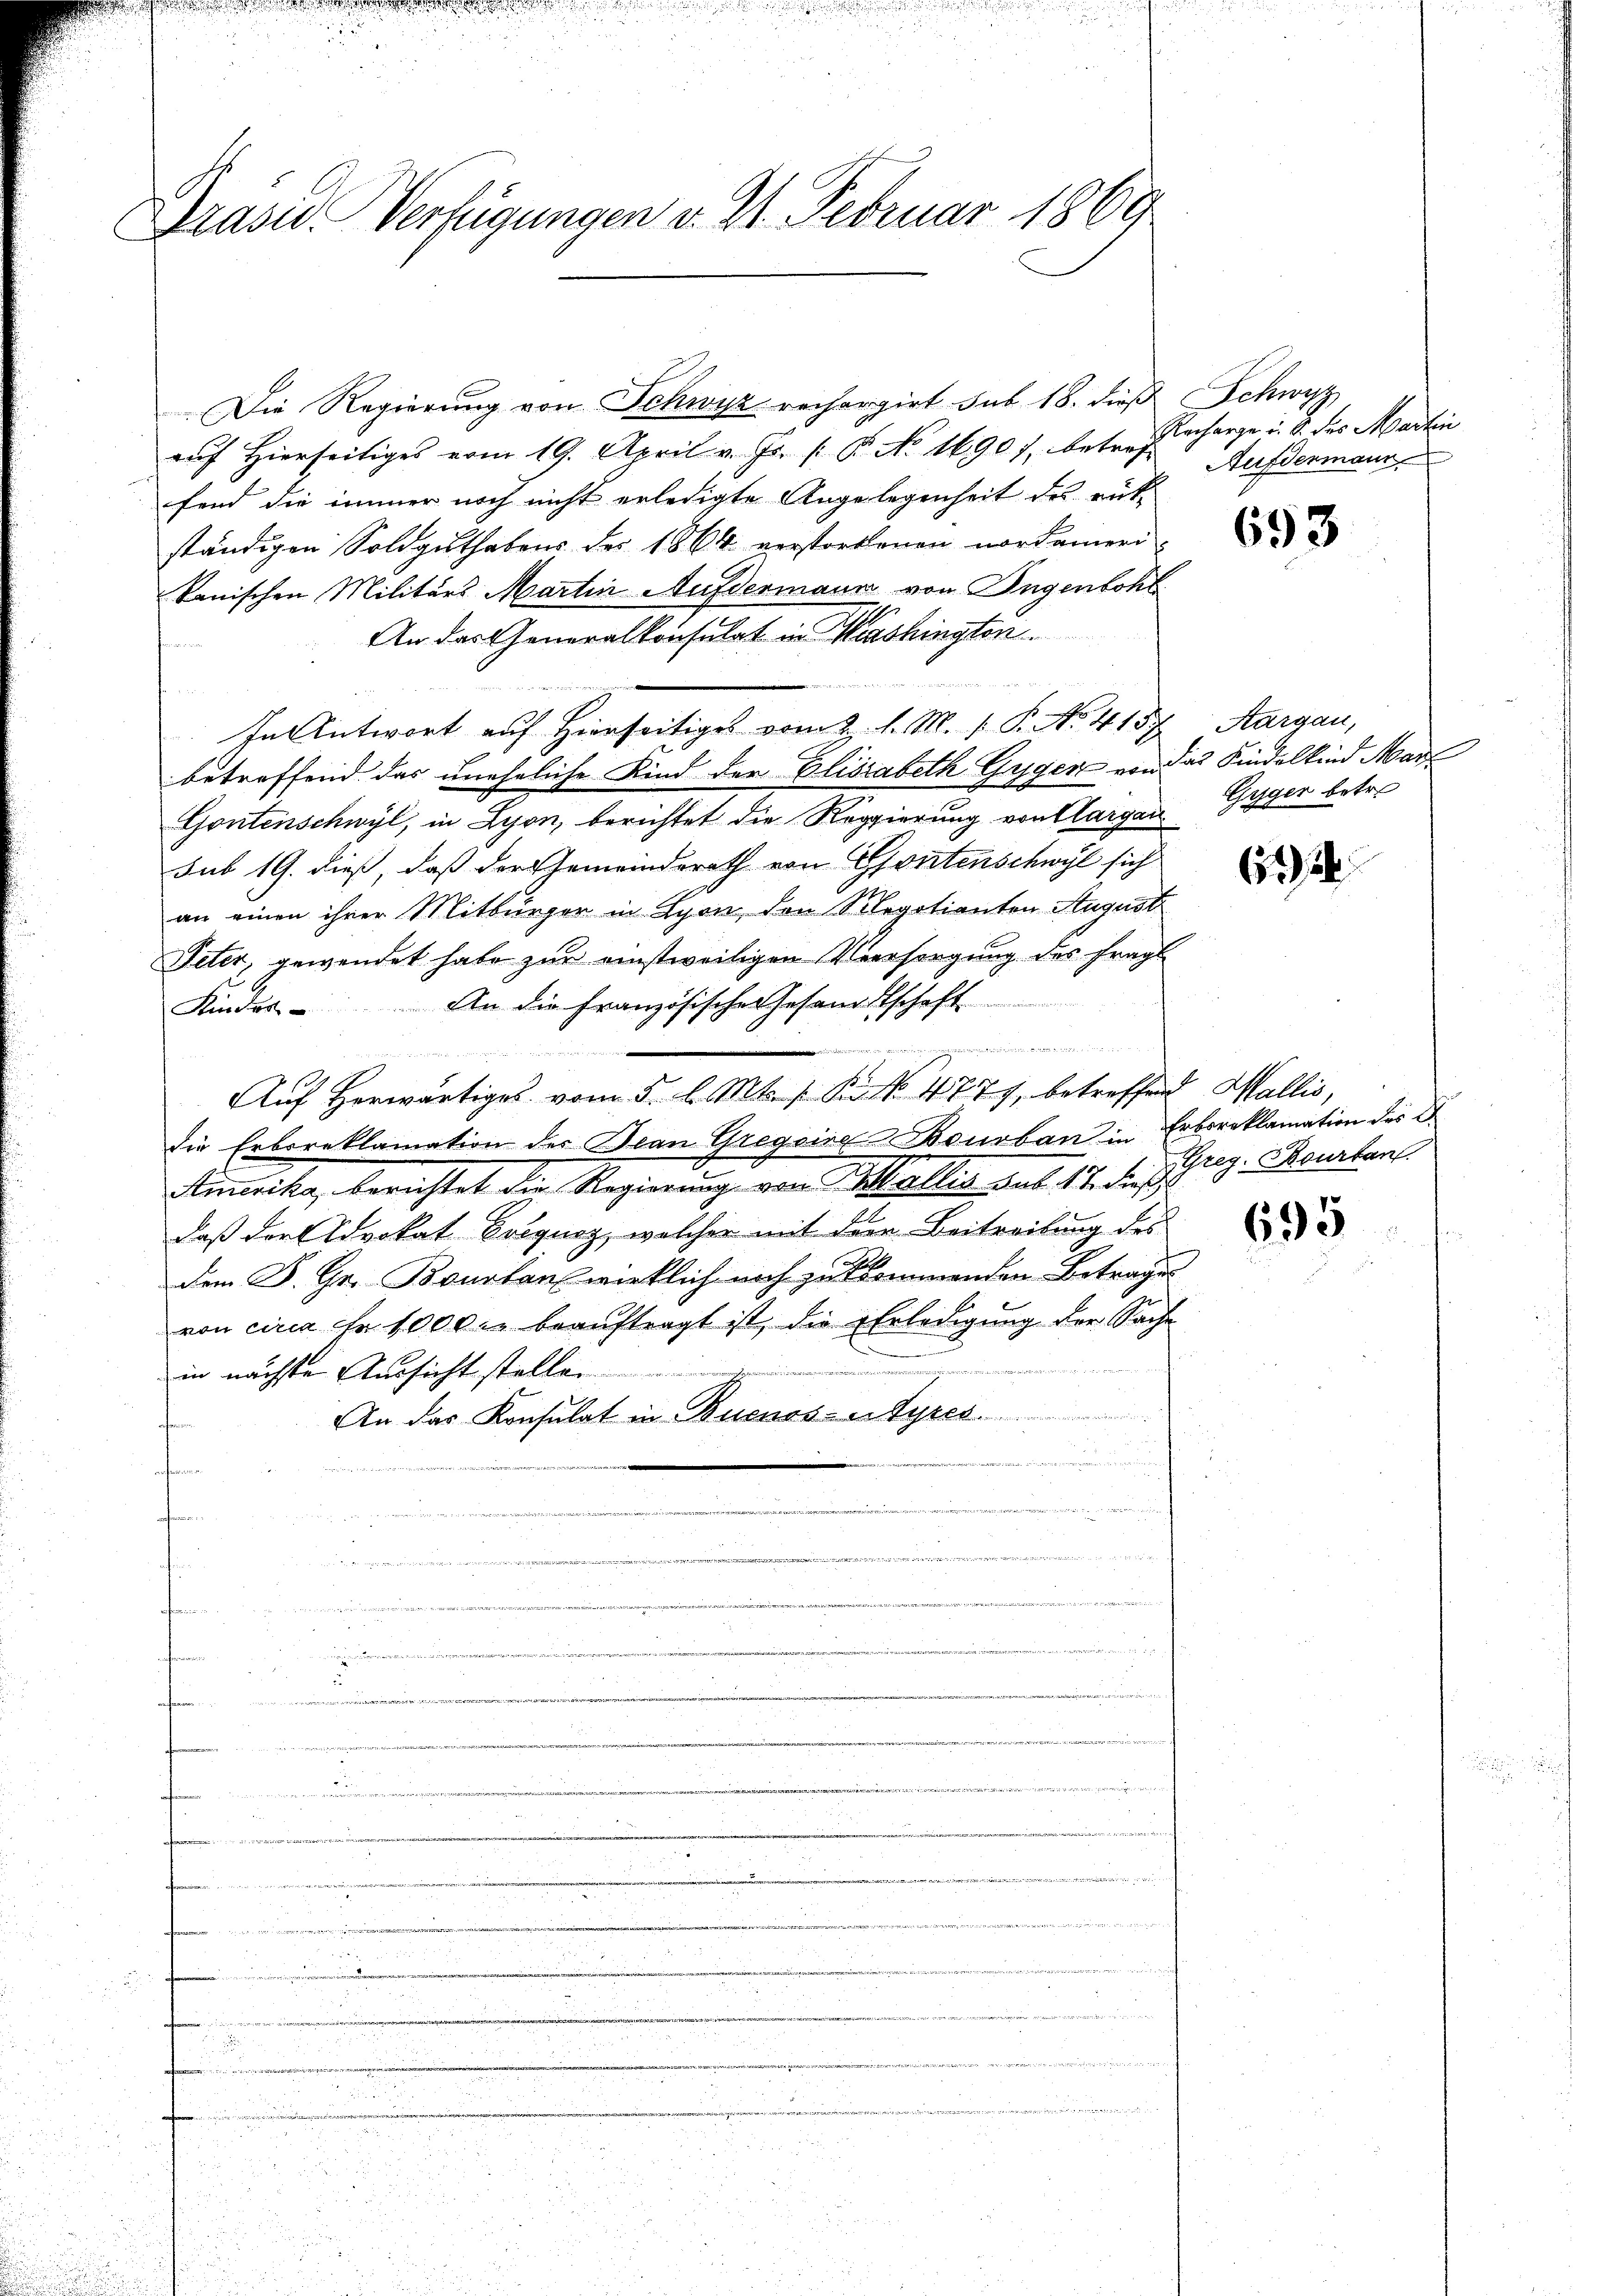
Brasis. Verfügungen d. 21. Februar 1869

Die Regierung von Schwyz rechargirt sub 18. dieß Schwyz
aŭf hierseitiges vom 19. April v. Js. / B. No 1690), betrof
fend die immer noch nicht erledigte Angelegenheit des rükständigen Soldguthabens des 1864 verstorbenen nordameri
kanischen Militärs Martin Aufdermann von Ingenbohl
An das Generalkonsulat in Washington.
In Antwort auf Hierseitiges vom 2. d. M. v. P. No. 4157
betreffend das uneheliche Kind der Elisabeth Guger von das Kindelkind Mar
Gontenschwyl, in Lyon, berichtet die Regierung von Aargau
sub 19. dieß, daß der Gemeinderath von Gontenschwyl sich
an einen ihrer Mitbürger in Lyon, den Segotianten August
Peter, gewendet habe zur einstweiligen Versorgung des fragl
Kindes. An die französische Gesandtschaft
Seiten
   den
Auf herwärtiges vom 5. l. Mts. v. Kr. 477, betreffend Wallis,
die Erboreklamation der Bean Gregoira Bourban in Erboreklamation des C.
Amerika, berichtet die Regierung von Wallis sub. 17. dieß
daß der Advokat Docquaz, welcher mit dem Beitreitung des
dem B. Gr. Bourtan wirklich noch zukkommenden Betrages
von circa Fr. 1000 l. beauftragt ist, die Erledigung der Sache
in nächste Aussicht stellen.
An das Konsulat in Buenos- u Syres
s
e
u
¬
n
ininges

weite
.
n

u
¬
u
emmungen u
u
n

Recharge u. S. des Martin
Aufdenmann

693

Aargau,
Gyger betre

612

Greg. Rourban

695